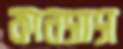
কানসাস